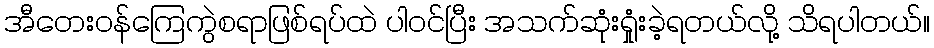
အီတေးဝန်ကြေကွဲစရာဖြစ်ရပ်ထဲ ပါဝင်ပြီး အသက်ဆုံးရှုံးခဲ့ရတယ်လို့ သိရပါတယ်။